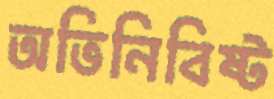
অভিনিবিষ্ট